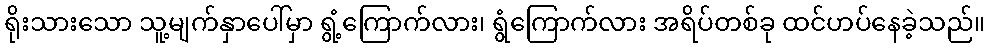
ရိုးသားသော သူ့မျက်နှာပေါ်မှာ ရွံ့ကြောက်လား၊ ရွံကြောက်လား အရိပ်တစ်ခု ထင်ဟပ်နေခဲ့သည်။